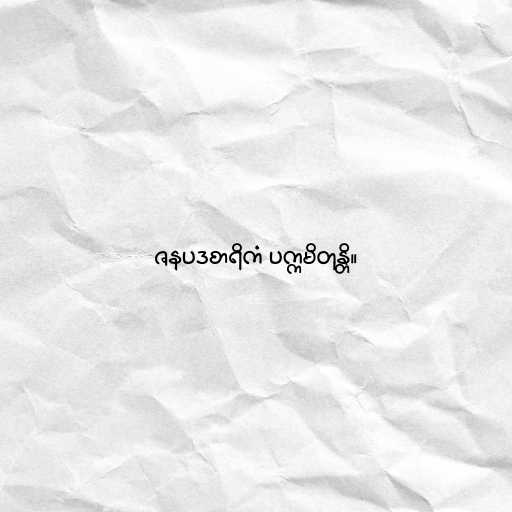
ဇနပဒစာရိကံ ပက္ကမိတုန္တိ။